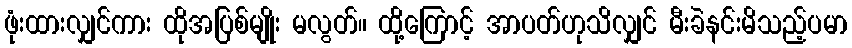
ဖုံးထားလျှင်ကား ထိုအပြစ်မျိုး မလွတ်။ ထို့ကြောင့် အာပတ်ဟုသိလျှင် မီးခဲနင်းမိသည့်ပမာ